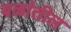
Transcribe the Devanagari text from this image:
बळांतील